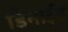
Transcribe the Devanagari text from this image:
डिनाईड